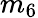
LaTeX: m_{6}